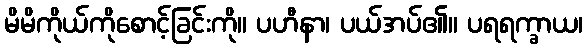
မိမိကိုယ်ကိုစောင့်ခြင်းကို။ ပဟီနာ၊ ပယ်အပ်၏။ ပရရက္ခာယ၊